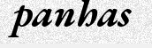
panhas